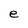
Character: e